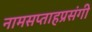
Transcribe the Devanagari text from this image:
नामसप्ताहप्रसंगी